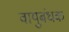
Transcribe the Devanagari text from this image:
वायुबंधक